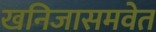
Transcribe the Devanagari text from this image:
खनिजासमवेत